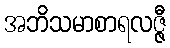
အဘိသမာစာရလဇ္ဇီ